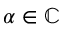
\alpha \in \mathbb { C }